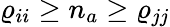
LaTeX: {\varrho_{ii}\ge n_{a}\ge\varrho_{jj}}